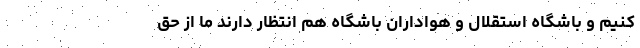
کنیم و باشگاه استقلال و هواداران باشگاه هم انتظار دارند ما از حق